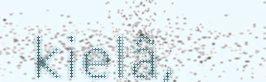
kielâ,